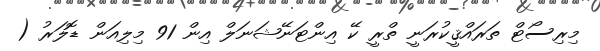
މިރިސޯޓް ތަރައްޤީކުރަނީ ތްރީ ކޭ އިންޓަނޭޝަނަލް އިން 91 މިލިއަން ޑޮލަރު (